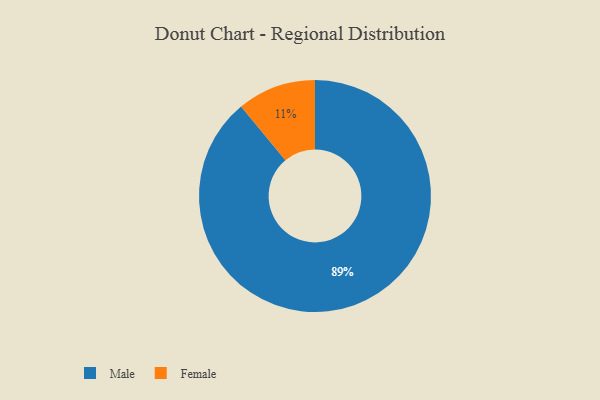
{"axis": {"x": "Category", "y": "Percentage"}, "legend": ["Female", "Male"], "data": [{"x": "Male", "y": 89, "type": "Male"}, {"x": "Female", "y": 11, "type": "Female"}]}